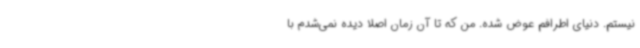
نیستم. دنیای اطرافم عوض شده. من که تا آن زمان اصلاً دیده نمی‌شدم با